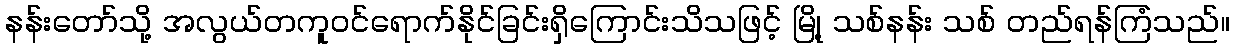
နန်းတော်သို့ အလွယ်တကူဝင်ရောက်နိုင်ခြင်းရှိကြောင်းသိသဖြင့် မြို့ သစ်နန်း သစ် တည်ရန်ကြံသည်။